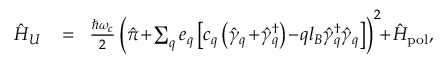
\begin{array} { r l r } { \hat { H } _ { U } } & { { } \! = \! } & { \frac { \hbar \omega _ { c } } { 2 } \left( \hat { \boldsymbol { \pi } } \! + \! \sum _ { \boldsymbol { q } } \boldsymbol { e } _ { \boldsymbol { q } } \left[ c _ { \boldsymbol { q } } \left( \hat { \gamma } _ { \boldsymbol { q } } \! + \! \hat { \gamma } _ { \boldsymbol { q } } ^ { \dagger } \right) \! - \! q l _ { B } \hat { \gamma } _ { \boldsymbol { q } } ^ { \dagger } \hat { \gamma } _ { \boldsymbol { q } } \right] \right) ^ { 2 } \! \! + \! \hat { H } _ { \mathrm { p o l } } , } \end{array}